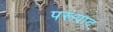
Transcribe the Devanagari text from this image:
परूपाद